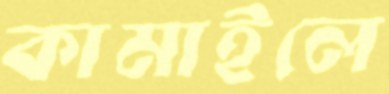
কামাইলে